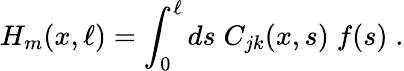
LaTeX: H_{m}(x,\ell)=\int_{0}^{\ell}ds\; C_{jk}(x,s)\; f(s)\; .